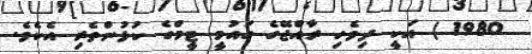
1980 ) އަކީ ދިވެހި ރާއްޖޭގެ ގައުމީ ޓީމްގެ ކުޅުންތެރި އެކެވެ.